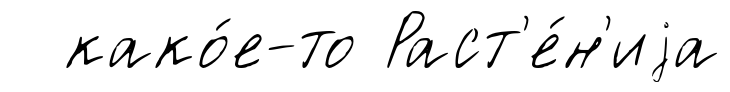
како́е-то Раст'е́н'иjа